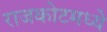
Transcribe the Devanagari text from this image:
राजकोटमध्ये